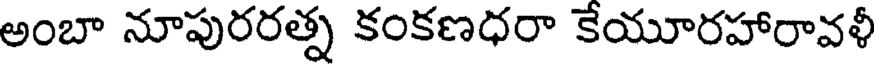
అంబా నూపురరత్న కంకణధరా కేయూరహారావళీ